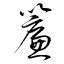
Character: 簾